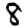
Digit: 8